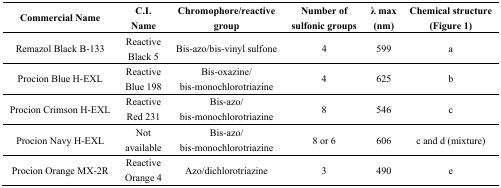
<table><thead><tr><td><b>Commercial Name</b></td><td><b>C.I. Name</b></td><td><b>Chromophore/reactive group</b></td><td><b>Number of sulfonic groups</b></td><td><b>λ max (nm)</b></td><td><b>Chemical structure (Figure 1)</b></td></tr></thead><tbody><tr><td>Remazol Black B-133</td><td>Reactive Black 5</td><td>Bis-azo/bis-vinyl sulfone</td><td>4</td><td>599</td><td>a</td></tr><tr><td>Procion Blue H-EXL</td><td>Reactive Blue 198</td><td>Bis-oxazine/bis-monochlorotriazine</td><td>4</td><td>625</td><td>b</td></tr><tr><td>Procion Crimson H-EXL</td><td>Reactive Red 231</td><td>Bis-azo/bis-monochlorotriazine</td><td>8</td><td>546</td><td>c</td></tr><tr><td>Procion Navy H-EXL</td><td>Not available</td><td>Bis-azo/bis-monochlorotriazine</td><td>8 or 6</td><td>606</td><td>c and d (mixture)</td></tr><tr><td>Procion Orange MX-2R</td><td>Reactive Orange 4</td><td>Azo/dichlorotriazine</td><td>3</td><td>490</td><td>e</td></tr></tbody></table>